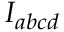
I _ { a b c d }